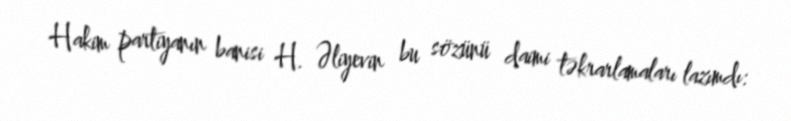
Hakim partiyanın banisi H. Əliyevin bu sözünü daimi təkrarlamaları lazımdı: